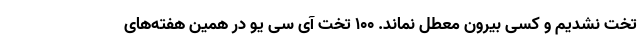
تخت نشدیم و کسی بیرون معطل نماند. ۱۰۰ تخت آی سی یو در همین هفته‌های